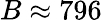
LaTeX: B\approx 796